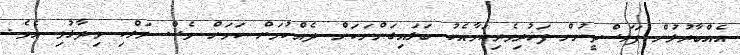
އެއްބާރުލުން ފަލަސްތީނުން ފަޚުރިވެރިކަމާއެކު ބަލައިގަންނަކަން ދެއްކުމަށް ކަަމަށް ވެސް މަލްކި ވިދާޅުވި އެވެ.